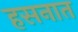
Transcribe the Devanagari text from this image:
हसनात